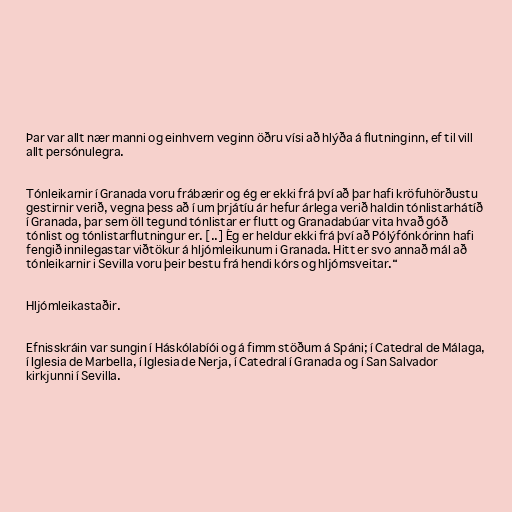
Þar var allt nær manni og einhvern veginn öðru vísi að hlýða á flutninginn, ef til vill
allt persónulegra.

Tónleikarnir í Granada voru frábærir og ég er ekki frá því að þar hafi kröfuhörðustu
gestirnir verið, vegna þess að í um þrjátíu ár hefur árlega verið haldin tónlistarhátíð
í Granada, þar sem öll tegund tónlistar er flutt og Granadabúar vita hvað góð
tónlist og tónlistarflutningur er. [..] Ég er heldur ekki frá því að Pólýfónkórinn hafi
fengið innilegastar viðtökur á hljómleikunum i Granada. Hitt er svo annað mál að
tónleikarnir i Sevilla voru þeir bestu frá hendi kórs og hljómsveitar.“

Hljómleikastaðir.

Efnisskráin var sungin í Háskólabíói og á fimm stöðum á Spáni; í Catedral de Málaga,
í Iglesia de Marbella, í Iglesia de Nerja, í Catedral í Granada og í San Salvador
kirkjunni í Sevilla.